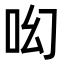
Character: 𠯻